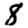
Digit: 8